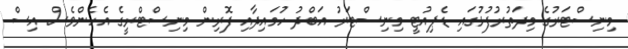
މިނިސްޓަރުގެ މިދަތުރުފުޅުގައި ޑެޕިއުޓީ މިނިސްޓަރު އަބްދު ހުމައިދާއި ފޮރިން މިނިސްޓްރީގެ އެހެންވެސް އިސް